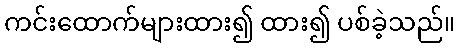
ကင်းထောက်များထား၍ ထား၍ ပစ်ခဲ့သည်။